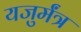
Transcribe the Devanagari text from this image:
यजुर्मंत्र